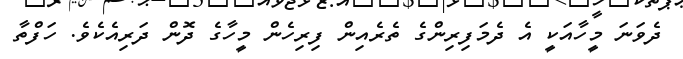
ދެވަނަ މީހާއަކީ އެ ދެމަފިރިންގެ ތެރެއިން ފިރިހެން މީހާގެ ދޮން ދަރިއެކެވެ. ހަފްތާ